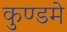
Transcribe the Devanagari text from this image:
कुण्डमे